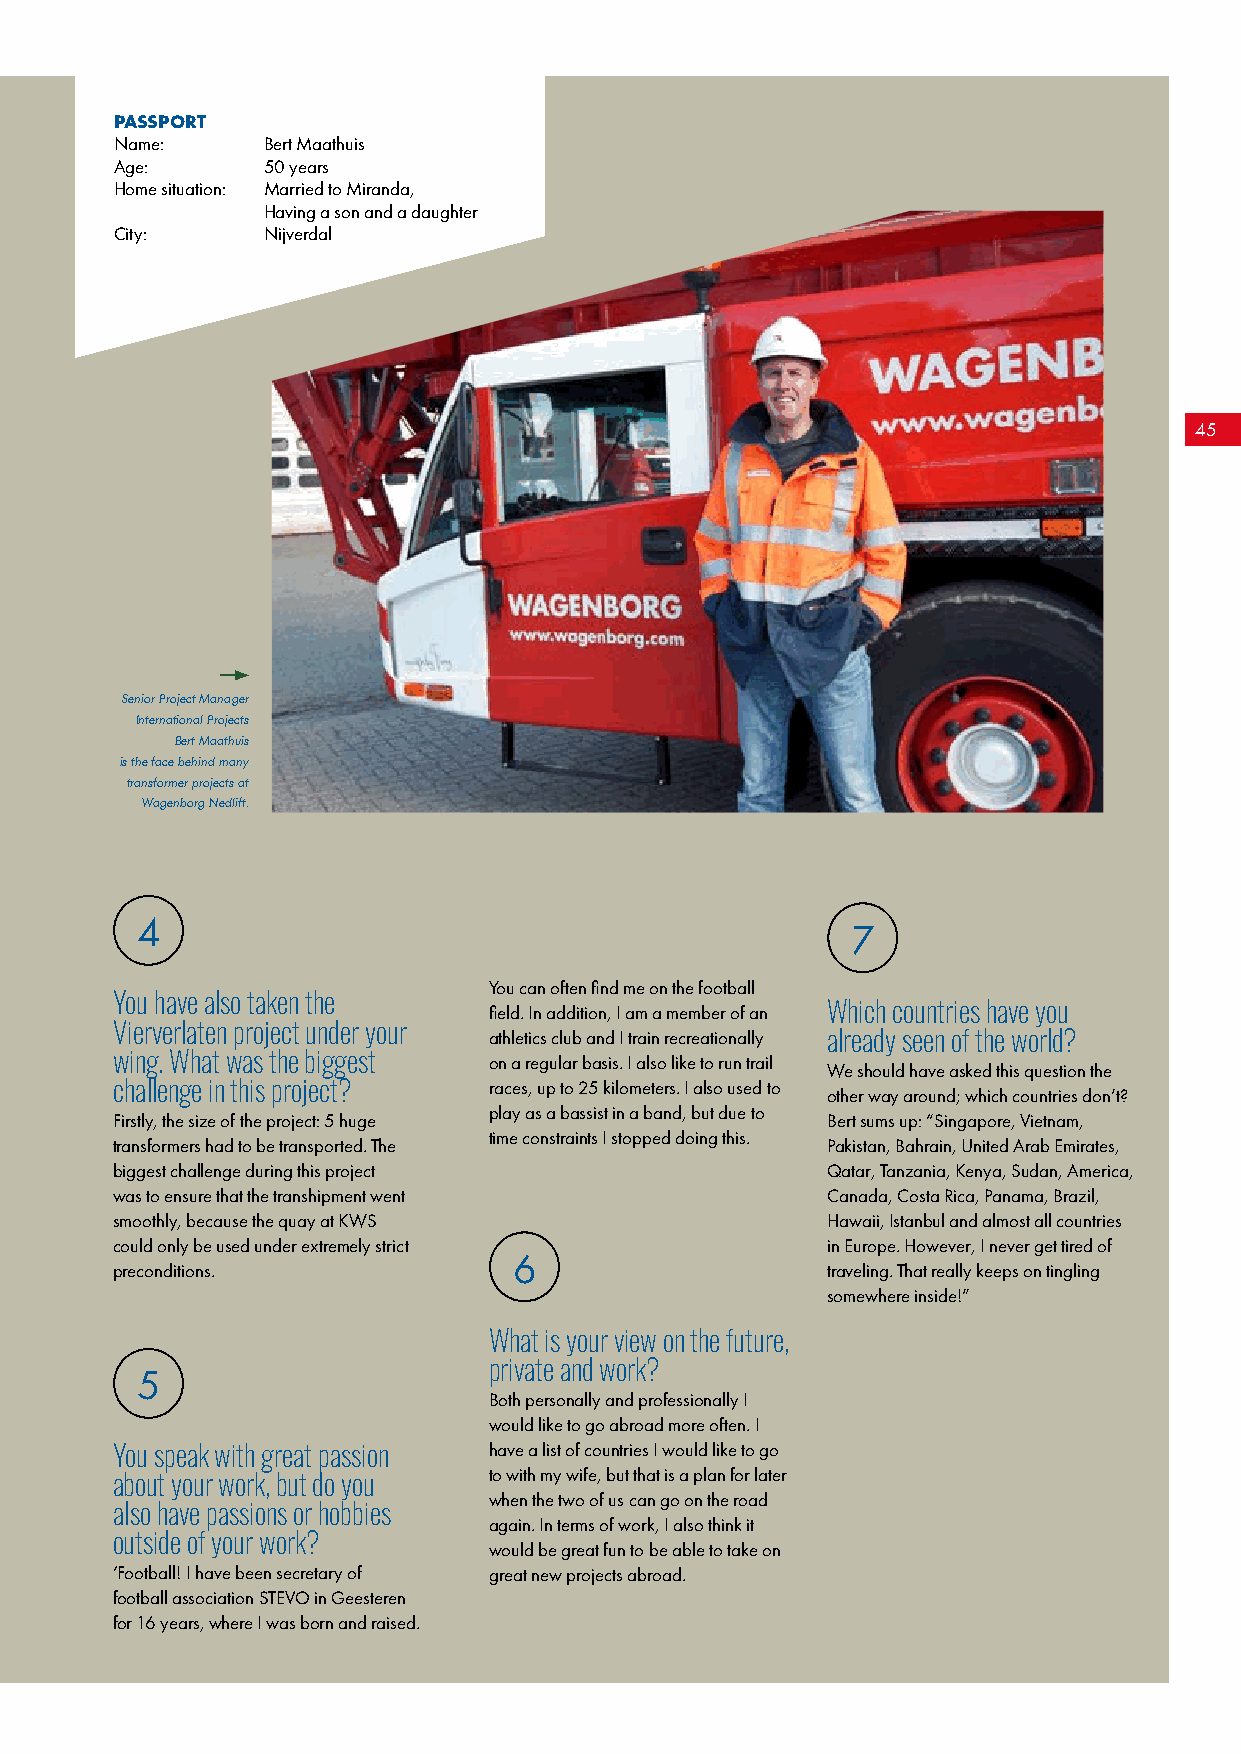
PASSPORT
 Name:    Bert Maathuis
 Age:     50 years
 Home situation: Married to Miranda,
 Having a son and a daughter
 City:    Nijverdal
 45
 Senior Project Manager
 International Projects
 Bert Maathuis
 is the face behind many
 transformer projects at
 Wagenborg Nedlift.
 4
 7
 You can often find me on the football
 You have also taken the
 field. In addition, I am a member of an Which countries have you
 Vierverlaten project under your
 athletics club and I train recreationally already seen of the world?
 wing. What was the biggest on a regular basis. I also like to run trail
 We should have asked this question the
 challenge in this project? races, up to 25 kilometers. I also used to
 other way around; which countries don’t?
 play as a bassist in a band, but due to
 Firstly, the size of the project: 5 huge        Bert sums up: “Singapore, Vietnam,
 time constraints I stopped doing this.
 transformers had to be transported. The         Pakistan, Bahrain, United Arab Emirates,
 biggest challenge during this project           Qatar, Tanzania, Kenya, Sudan, America,
 was to ensure that the transhipment went        Canada, Costa Rica, Panama, Brazil,
 smoothly, because the quay at KWS               Hawaii, Istanbul and almost all countries
 could only be used under extremely strict       in Europe. However, I never get tired of
 6
 preconditions.                                  traveling. That really keeps on tingling
 somewhere inside!”
 What is your view on the future,
 private and work?
 5
 Both personally and professionally I
 would like to go abroad more often. I
 You speak with great passion have a list of countries I would like to go
 to with my wife, but that is a plan for later
 about your work, but do you
 when the two of us can go on the road
 also have passions or hobbies
 again. In terms of work, I also think it
 outside of your work?
 would be great fun to be able to take on
 ‘Football! I have been secretary of great new projects abroad.
 football association STEVO in Geesteren
 for 16 years, where I was born and raised.